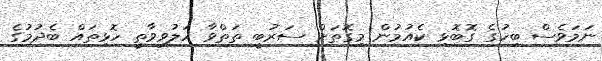
ނަމަވެސް ބިހުގެ ގޮބޮޅި ކެއުމުން މިގޮތަށް ސަރުބީ ތަތްވާ ހަލުވިވާތީ ހޮޅިތައް ބެދުމުގެ